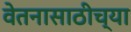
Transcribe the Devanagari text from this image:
वेतनासाठीच्या